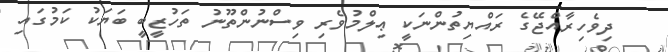
ދިވެހިރާއްޖޭގެ ރައްޔިތުންނަކީ ޢިލްމުވެރި ވިސްނުންތޫނު ތަހުޒީބީ ބަޔަކު ކަމުގައި